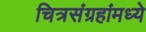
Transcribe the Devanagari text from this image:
चित्रसंग्रहांमध्ये